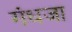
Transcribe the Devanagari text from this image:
गंधजा